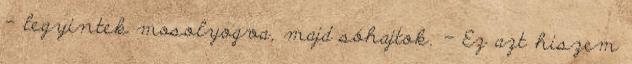
- legyintek mosolyogva, majd sóhajtok. - Ez azt hiszem